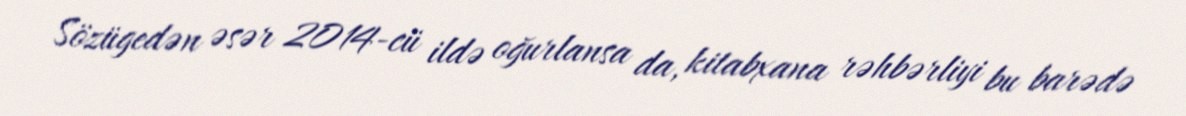
Sözügedən əsər 2014-cü ildə oğurlansa da, kitabxana rəhbərliyi bu barədə